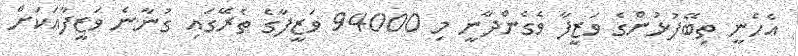
އެހެނީ ތިބޭފުޅުންގެ ވަޒީފާ ވެގެންދާނީ މި 94000 ވަޒީފާގެ ތެރޭގައި ގުނާނެ ވަޒީފާއަކަށް